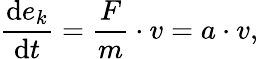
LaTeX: {\frac{\mathrm{d}e_{k}}{\mathrm{d}t}}={\frac{F}{m}}\cdot v=a\cdot v,